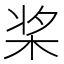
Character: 桨